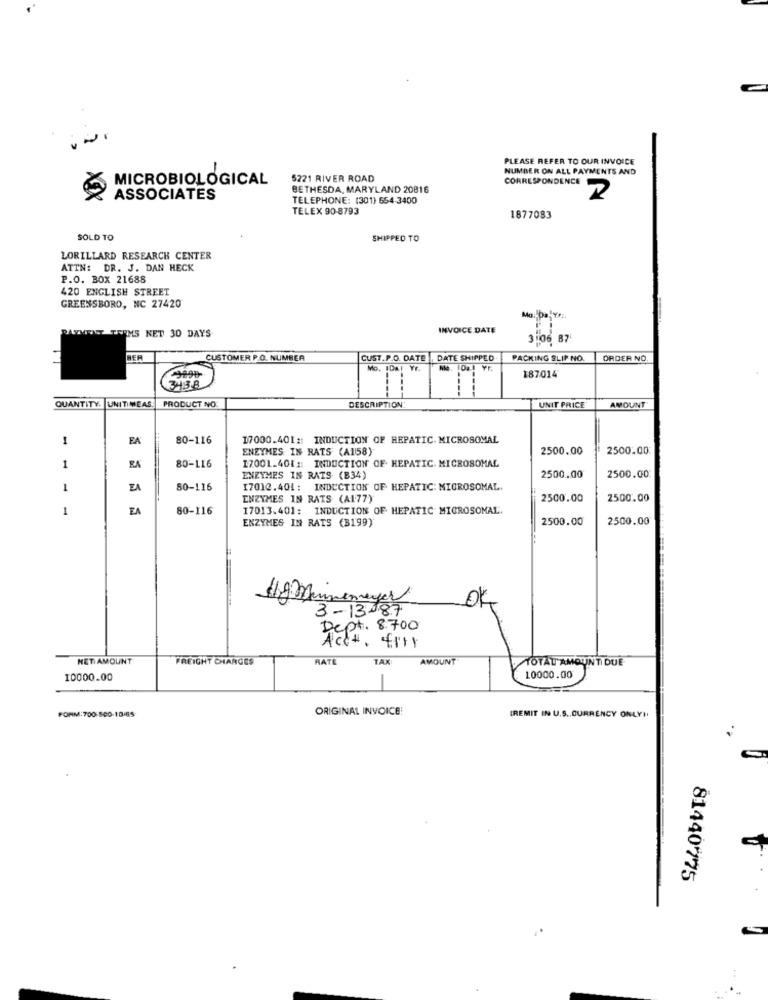
PLEASE REFER TO OUR INVOICE
NUMBER ON ALL PAYMENTS AND
MICROBIOLOGICAL
5221 RIVER ROAD
CORRESPONDENCE
BETHESDA, MARYLAND 20816
ASSOCIATES
TELEPHONE: (301) 654-3400
2
TELEX 90-8793
1877083
SOLD TO
SHIPPED TO
LORILLARD RESEARCH CENTER
ATTN: DR. J. DAN HECK
P.O. BOX 21688
420 ENGLISH STREET
GREENSBORO, NC 27420
PAYMENT TERMS NET 30 DAYS
INVOICE DATE
3:06 87
BER
CUSTOMER P.O. NUMBER
CUST.P.O. DATE
DATE SHIPPED
PACKING SLIP NO.
ORDER NO
MG. IDA!Y
187014
343.8
QUANTITY. UNITIMEAS
PRODUCT NO
DESCRIPTION
UNIT PRICE
AMOUNT
1
EA
80-116
17000.401 :: INDUCTION OF HEPATIC. MICROSOMAL
ENZYMES IN RATS (A158)
2500.00
2500.00
80-116
17001.401 :: INDUCTION OF HEPATIC. MICROSOMAL
1
ENZYMES IN RATS (B34)
2500 .. 00
2500.00
1
EA
80-116
17012.404 : INDUCTION OF HEPATIC: MICROSOMAL.
ENZYMES IN RATS (A177)
2500.00
2500.00
1
EA
80-116
17013.401: INDUCTION OF HEPATIC MICROSOMAL.
ENZYMES IN RATS (B199)
2500.00
2500.00
Hy Mannemeyer
3-13 87
Act# .
4111
NET AMOUNT
FREIGHT CHARGES
RATE
TAX
AMOUNT
TOTAL AMOUNTI DUE
10000.00
10000.00
FORM:700:500-10485
ORIGINAL INVOICE!
(REMIT IN U.S ., CURRENCY ONLY)
81440775
1:
....